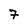
Character: 7